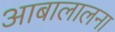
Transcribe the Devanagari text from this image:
आबालालना